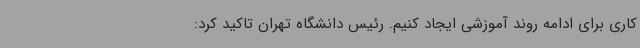
کاری برای ادامه روند آموزشی ایجاد کنیم. رئیس دانشگاه تهران تاکید کرد: